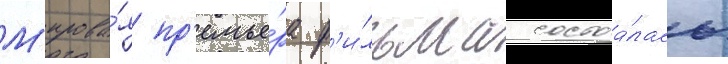
М'ирова́я пр'емье́ра ф'и́льма состоа́лась